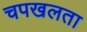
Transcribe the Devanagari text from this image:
चपखलता